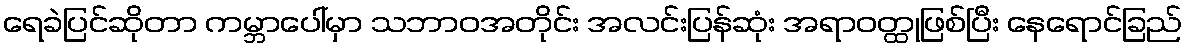
ရေခဲပြင်ဆိုတာ ကမ္ဘာပေါ်မှာ သဘာဝအတိုင်း အလင်းပြန်ဆုံး အရာဝတ္ထုဖြစ်ပြီး နေရောင်ခြည်